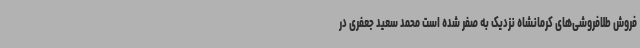
فروش طلافروشی‌های کرمانشاه نزدیک به صفر شده است محمد سعید جعفری در